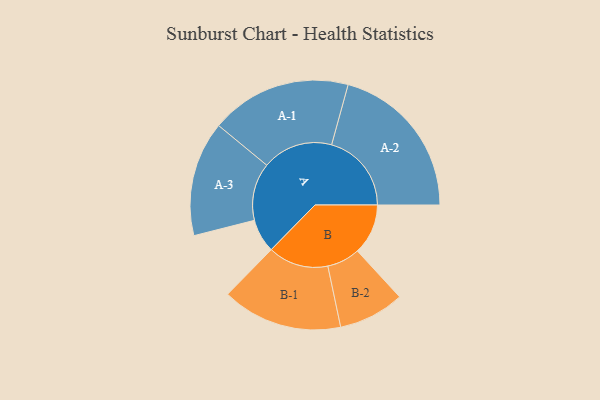
{"axis": {"x": "Segment", "y": "Value"}, "legend": ["", "A", "B"], "data": [{"x": "A", "y": 108, "type": ""}, {"x": "B", "y": 163, "type": ""}, {"x": "A-1", "y": 227, "type": "A"}, {"x": "A-2", "y": 257, "type": "A"}, {"x": "A-3", "y": 185, "type": "A"}, {"x": "B-1", "y": 194, "type": "B"}, {"x": "B-2", "y": 106, "type": "B"}]}